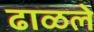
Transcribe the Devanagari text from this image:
ढाळले